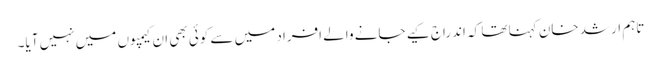
تاہم ارشد خان کہنا تھا کہ اندراج کیے جانے والے افراد میں سے کوئی بھی ان کیمپوں میں نہیں آیا۔